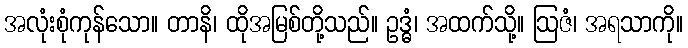
အလုံးစုံကုန်သော။ တာနိ၊ ထိုအမြစ်တို့သည်။ ဥဒ္ဓံ၊ အထက်သို့။ ဩဇံ၊ အရသာကို။